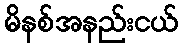
မိနစ်အနည်းငယ်